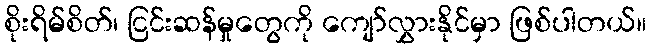
စိုးရိမ်စိတ်၊ ငြင်းဆန်မှုတွေကို ကျော်လွှားနိုင်မှာ ဖြစ်ပါတယ်။